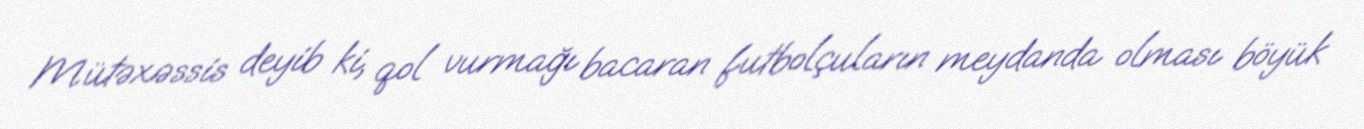
Mütəxəssis deyib ki, qol vurmağı bacaran futbolçuların meydanda olması böyük